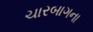
ચારબાગના